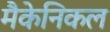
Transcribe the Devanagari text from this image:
मैकेनिकल